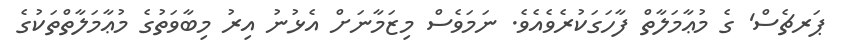
ޕަރޗެސް' ގެ މުޢާމަލާތް ފާހަގަކުރެވެއެވެ. ނަމަވެސް މިޒަމާނަށް އެޅުނު އިރު މިބާވަތުގެ މުޢާމަލާތްތަކުގެ